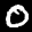
Label: 0